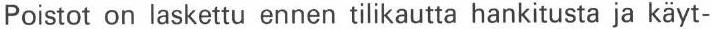
Poistot on laskettu ennen tilikautta hankitusta ja käyt-